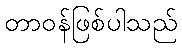
တာဝန်ဖြစ်ပါသည်